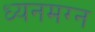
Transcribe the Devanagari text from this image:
ध्‍यनमग्‍न